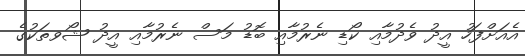
އެއަށްފަހު އީދު ވެދުމާއި ކޯޑި ނެރުމާއި ބޮޑު މަސް ނެރުމާއި އީދު ޝޯވތަކުގެ